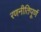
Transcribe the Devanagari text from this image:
रणनीतिपूर्ण